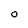
Character: O